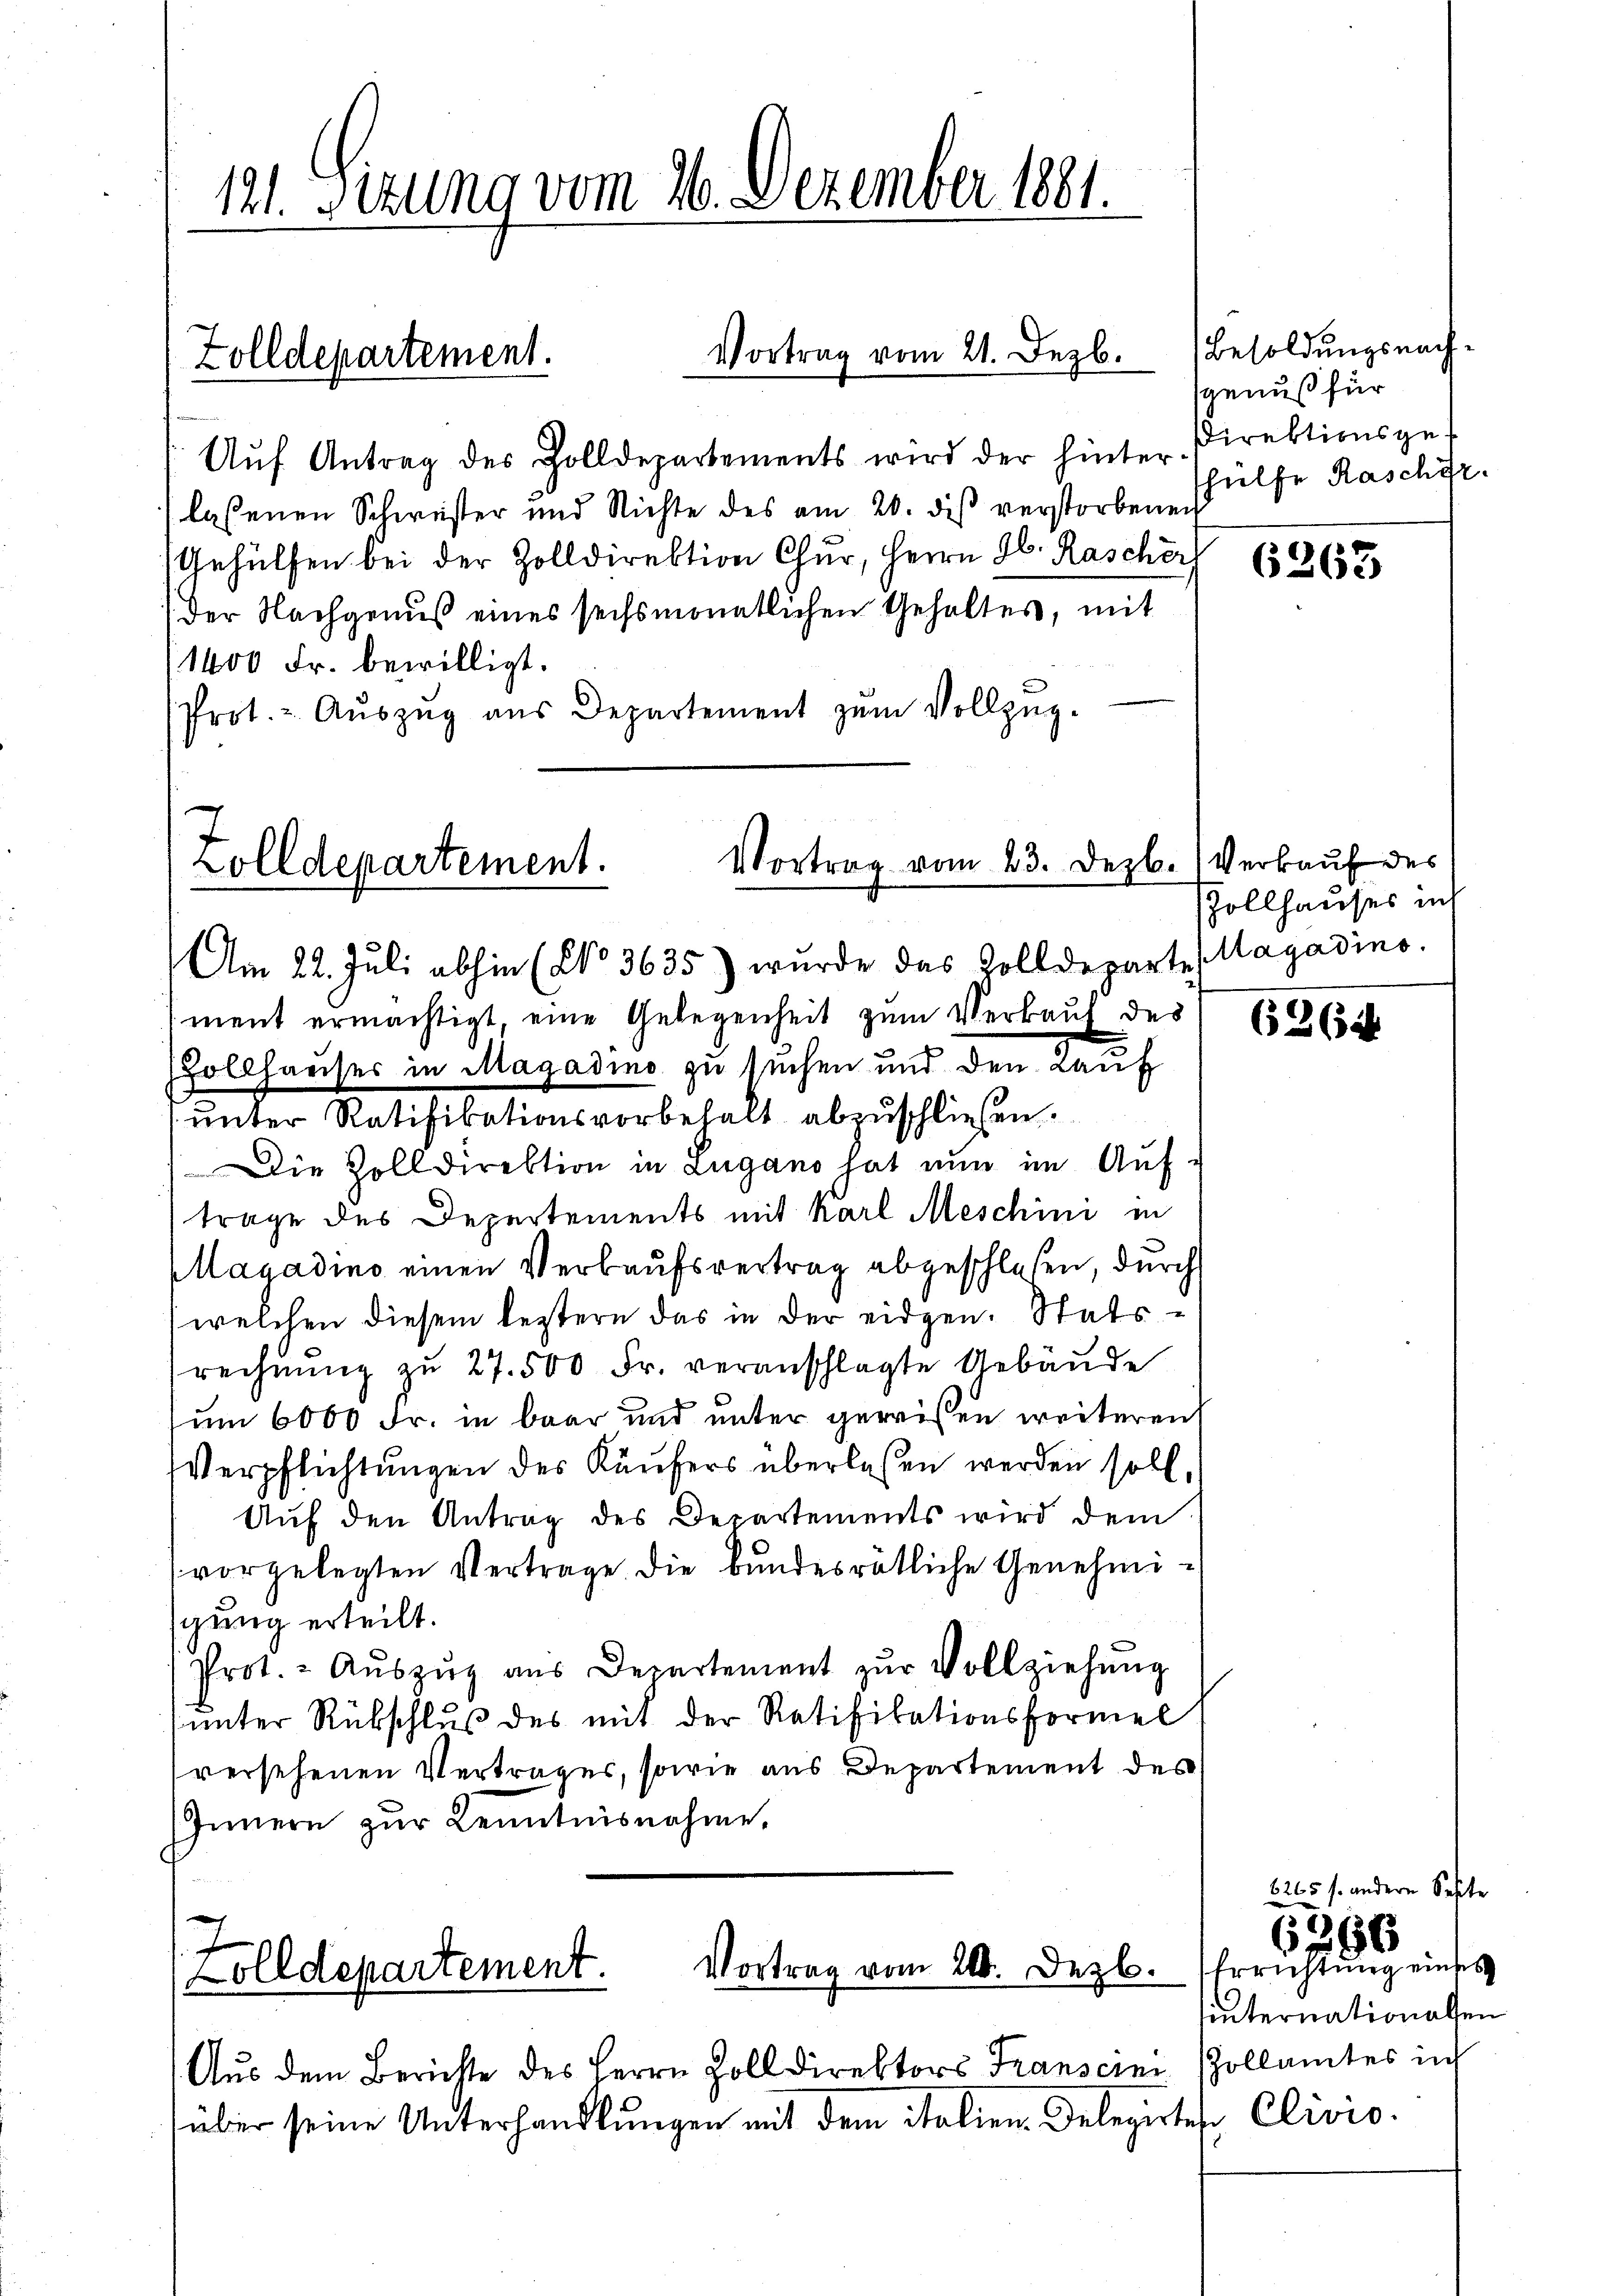
Aŭf Antrag des Zolldepartements wird der hinter-
lassenen Schweister und Nichte des am 20. diβ verstorbenen
Gehülfen bei der Zolldirektion Chur, Herrn H. Rascherl
(der Nachgenuß eines sechsmonatlichen Gehaltes, mit
(1400 Fr. bewilligt.
Prot. - Aŭszŭg aŭs Departement zŭm Vollzŭg.

121. Sizung vom 26. Dezember 1881.

Zolldepartement.

Vortrag vom 21. Dezb.

Vortrag vom 23. Dezb. Verkauf des
Zolldepartement.

Vortrag vom 21. Dezb. Errichtŭng eines
(Zolldepartement.

Am 22. Jŭli abhin (No 3635) wurde das Zolldeparte (Magadino.
ment ermächtigt, eine Gelegenheit zum Verbaut des
ollhauser in Magadino zu suchen und den Lauf
unter Ratifikationsvorbehalt abzuschließen.
Die Zolldirektion in Lugano hat nun im Auf-
trage des Depertements mit Karl Meschini in
agadino einen Verkaufsvertrag abgeschloßen, durch
welchen diesem bestern das in der eidgen. Statsrechnŭng zu 27. 500 Fr. veranschlagte Gebäude
um 6000 Fr. in baar und unter gewissen weiteren
Verpflichtungen des Käufers überlassen werden soll,
Auf den Antrag des Departements wird dem
vorgelegten Vertrage die bundesrätliche Genehmischung erteilt.
Prot. - Aŭszŭg aŭs Departement zŭr Vollziehŭng
unter Rükschluß des mit der Ratifikationsformel
versehenen Vertrages, sowie aus Departement des
Innern zŭr Kenntnisnahme.

Aus dem Berichte des Herrn Zolldirektors Transcini Zollamtes in
über seine Unterhandlungen mit dem Italien. Delegirten Clivio.

Besoldungsnachgenuß für
Direktionsges
hülfe Rascher.

6263

Zollhauses in

626

6265 f. andern Septe
6360
sinternationalen